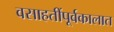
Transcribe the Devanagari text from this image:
वसाहतींपूर्वकालात